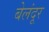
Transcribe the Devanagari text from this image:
बेलंदूर